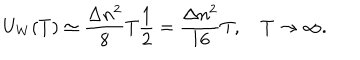
LaTeX: U _ { W } ( T ) \simeq \frac { \Delta n ^ { 2 } } { 8 } T \frac { 1 } { 2 } = \frac { \Delta n ^ { 2 } } { 1 6 } T , \quad T \to \infty { . }